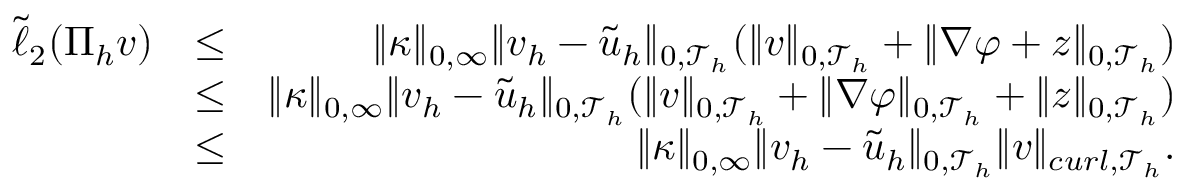
\begin{array} { r l r } { \tilde { \ell } _ { 2 } ( \Pi _ { h } \boldsymbol { v } ) } & { \leq } & { \| \kappa \| _ { 0 , \infty } \| \boldsymbol { v } _ { h } - \tilde { \boldsymbol { u } } _ { h } \| _ { 0 , \mathcal { T } _ { h } } ( \| \boldsymbol { v } \| _ { 0 , \mathcal { T } _ { h } } + \| \nabla \varphi + \boldsymbol { z } \| _ { 0 , \mathcal { T } _ { h } } ) } \\ & { \leq } & { \| \kappa \| _ { 0 , \infty } \| \boldsymbol { v } _ { h } - \tilde { \boldsymbol { u } } _ { h } \| _ { 0 , \mathcal { T } _ { h } } ( \| \boldsymbol { v } \| _ { 0 , \mathcal { T } _ { h } } + \| \nabla \varphi \| _ { 0 , \mathcal { T } _ { h } } + \| \boldsymbol { z } \| _ { 0 , \mathcal { T } _ { h } } ) } \\ & { \leq } & { \| \kappa \| _ { 0 , \infty } \| \boldsymbol { v } _ { h } - \tilde { \boldsymbol { u } } _ { h } \| _ { 0 , \mathcal { T } _ { h } } \| \boldsymbol { v } \| _ { c u r l , \mathcal { T } _ { h } } . } \end{array}